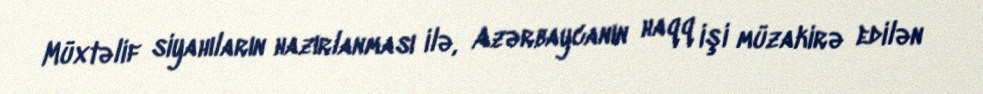
Müxtəlif siyahıların hazırlanması ilə, Azərbaycanın haqq işi müzakirə edilən